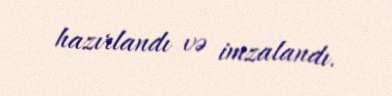
hazırlandı və imzalandı.